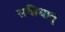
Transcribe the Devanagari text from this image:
सन्निधातृ